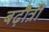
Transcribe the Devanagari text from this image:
बढ़ौत्री